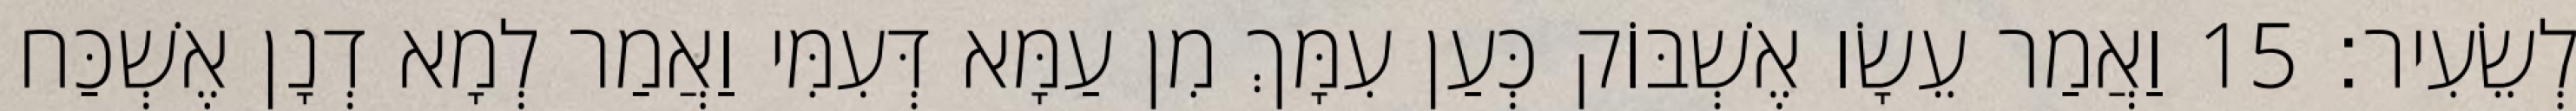
לְשֵׂעִיר׃ 15 וַאֲמַר עֵשָׂו אֶשְׁבּוֹק כְּעַן עִמָּךְ מִן עַמָּא דְּעִמִּי וַאֲמַר לְמָא דְנָן אֶשְׁכַּח